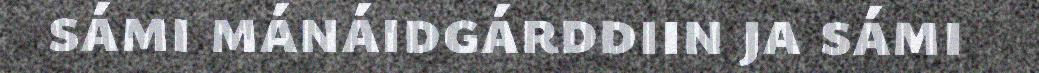
sámi mánáidgárddiin ja sámi